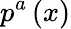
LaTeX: p^{a}\left(x\right)